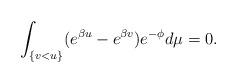
LaTeX: \begin{align*}\int_{\{v<u\}} (e^{\beta u}-e^{\beta v})e^{-\phi}d\mu =0.\end{align*}